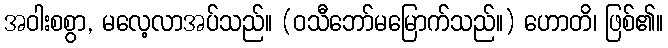
အဝါးစစွာ, မလေ့လာအပ်သည်။ (ဝသီဘော်မမြောက်သည်။) ဟောတိ၊ ဖြစ်၏။